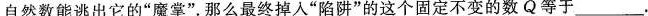
自然数能逃出它的”魔掌”。那么最终掉入”陷阱”的这个固定不变的数Q等___。